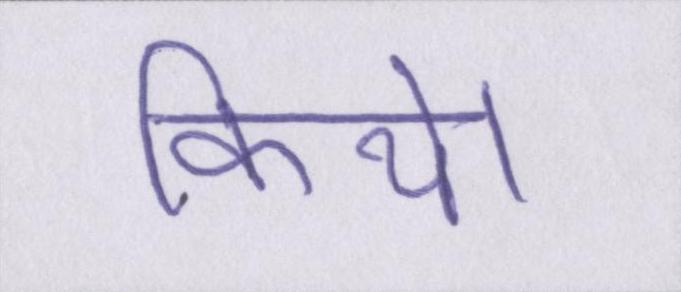
किये।